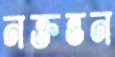
নক্তন্তন